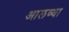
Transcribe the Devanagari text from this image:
आलव्या